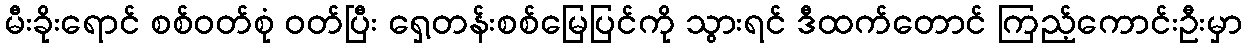
မီးခိုးရောင် စစ်ဝတ်စုံ ဝတ်ပြီး ရှေ့တန်းစစ်မြေပြင်ကို သွားရင် ဒီထက်တောင် ကြည့်ကောင်းဦးမှာ